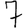
Digit: 7